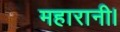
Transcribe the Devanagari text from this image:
महारानी।